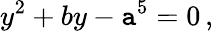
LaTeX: y^{2}+by-\mathtt{a}^{5}=0\, ,